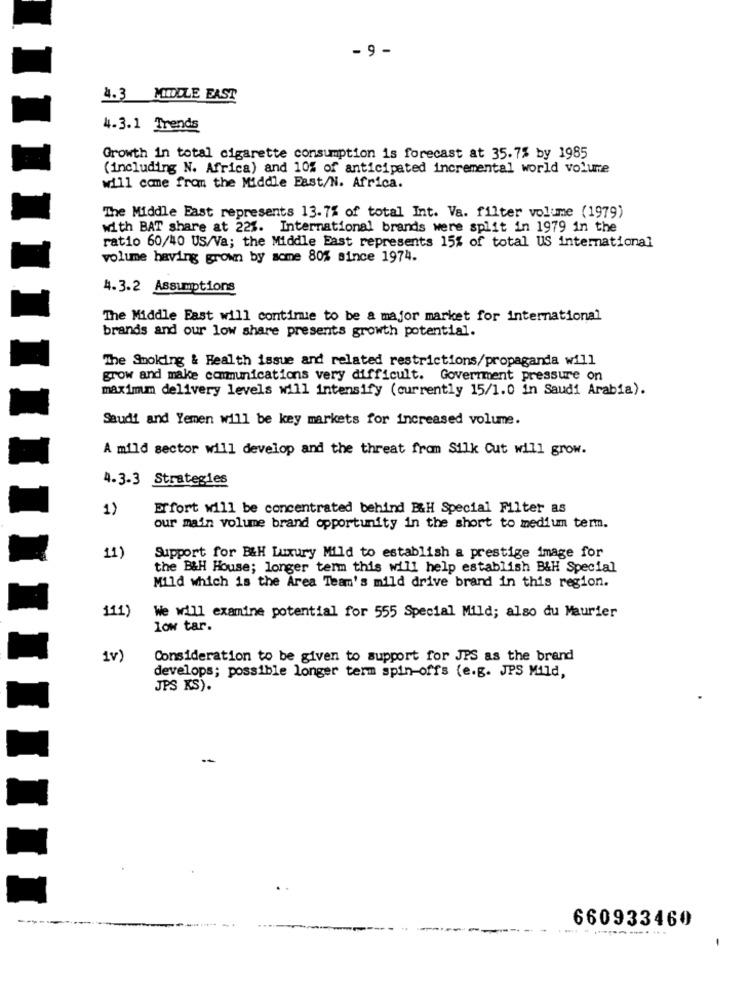
- 9 -
4.3 MIDDLE EAST
4.3.1 Trends
Growth in total cigarette consumption is forecast at 35.7% by 1985
(including N. Africa) and 10% of anticipated incremental world volume
will come from the Middle East/N. Africa.
The Middle East represents 13.7% of total Int. Va. filter volume (1979)
with BAT share at 22%. International brands were split in 1979 in the
ratio 60/40 US/Va; the Middle East represents 15% of total US international
volume having grown by some 80% since 1974.
4.3.2 Assumptions
The Middle East will contime to be a major market for international
brands and our low share presents growth potential.
The Smoking & Health issue and related restrictions/propaganda will
grow and make communications very difficult. Government pressure on
maximum delivery levels will intensify (currently 15/1.0 in Saudi Arabia).
Saudi and Yemen will be key markets for increased volume.
A mild sector will develop and the threat from Silk Cut will grow.
4.3-3 Strategies
1)
Erfort will be concentrated behind B&H Special Filter as
our main volume brand opportunity in the short to medium term.
11
Support for B&H Luxury Mild to establish a prestige image for
the B&H House; longer term this will help establish B&H Special
Mild which is the Area Team's mild drive brand in this region.
111)
We will examine potential for 555 Special Mild; also du Maurier
low tar.
1v
Consideration to be given to support for JPS as the brand
develops; possible longer term spin-offs (e.g. JPS Mild,
JPS KS).
-
660933460
-